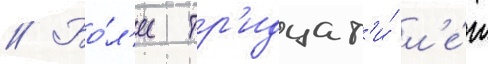
// Бо́л'ее тр'идцат'и́ л'е́т